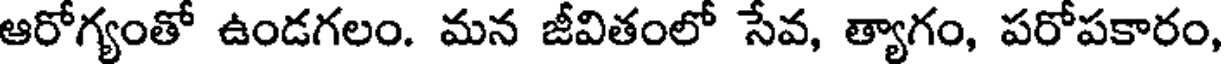
ఆరోగ్యంతో ఉండగలం. మన జీవితంలో సేవ, త్యాగం, పరోపకారం,